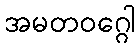
အမတဝဂ္ဂေါ